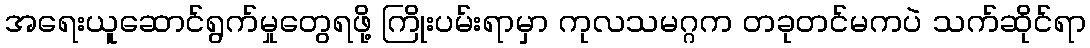
အရေးယူဆောင်ရွက်မှုတွေရဖို့ ကြိုးပမ်းရာမှာ ကုလသမဂ္ဂက တခုတင်မကပဲ သက်ဆိုင်ရာ